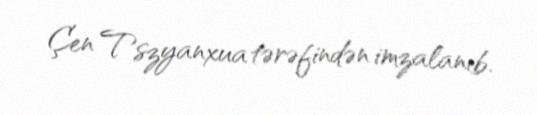
Çen Tszyanxua tərəfindən imzalanıb.